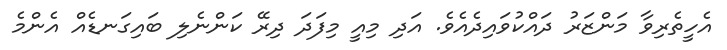
އެހީތެރިވާ މަންޒަރު ދައްކުވައިދެއެވެ. އަދި މިއީ މިފަދަ ދިރޭ ކަންނެލި ބައިގަނޑެއް އެންމެ